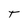
Character: T